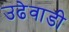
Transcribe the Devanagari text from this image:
उढेवाडी